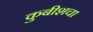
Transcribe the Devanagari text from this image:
कुबीशचा